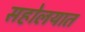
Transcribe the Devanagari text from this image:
सहोलयात